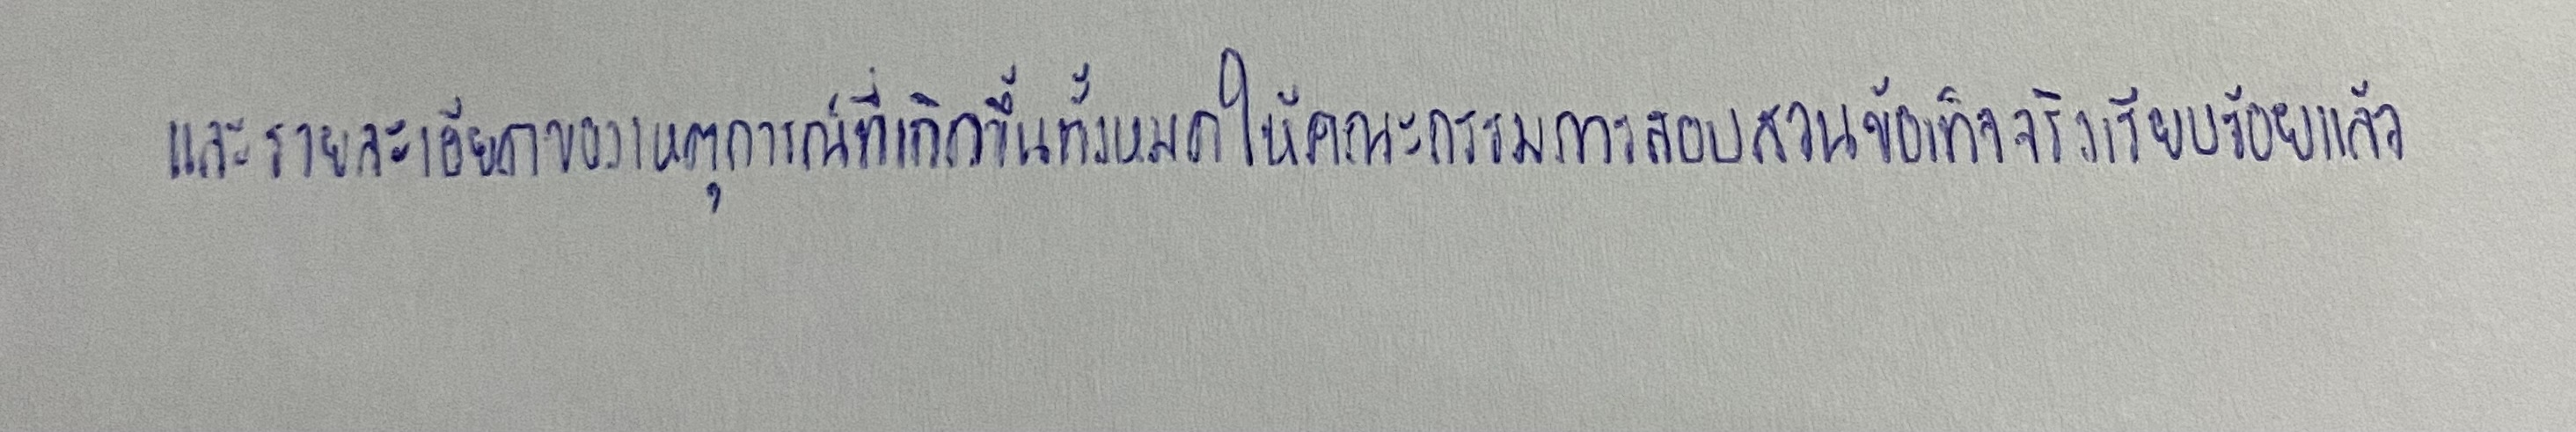
และรายละเอียดของเหตุการณ์ที่เกิดขึ้นทั้งหมดให้คณะกรรมการสอบสวนข้อเท็จจริงเรียบร้อยแล้ว